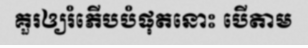
គួរឲ្យរំភើបបំផុតនោះ បើតាម